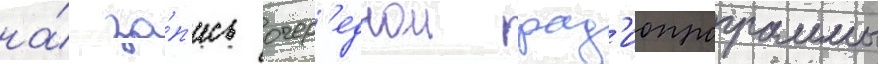
на́ за́п'ись очер'еднои рад'иопрограммы